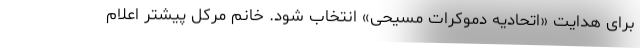
برای هدایت «اتحادیه دموکرات مسیحی» انتخاب شود. خانم مرکل پیشتر اعلام